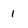
Character: 1